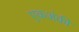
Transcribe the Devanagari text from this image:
एकअंकी